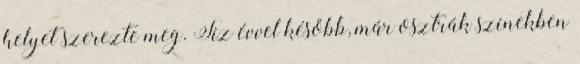
helyet szerezte meg. Tíz évvel később, már osztrák színekben